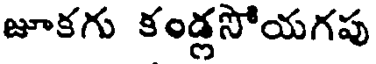
జూకగు కండ్లసోయగపు